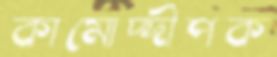
কামোদ্দীপক